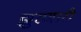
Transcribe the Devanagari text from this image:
झुरणारी